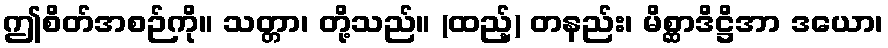
ဤစိတ်အစဉ်ကို။ သတ္တာ၊ တို့သည်။ (ထည့်) တနည်း၊ မိစ္ဆာဒိဋ္ဌိအာ ဒယော၊